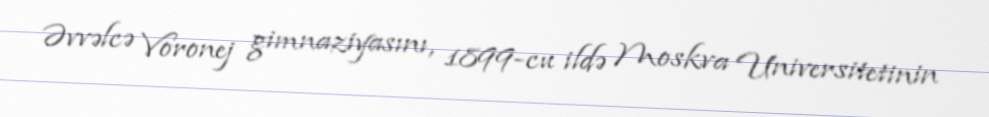
Əvvəlcə Voronej gimnaziyasını, 1899-cu ildə Moskva Universitetinin